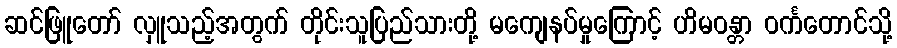
ဆင်ဖြူတော် လှူသည့်အတွက် တိုင်းသူပြည်သားတို့ မကျေနပ်မှုကြောင့် ဟိမဝန္တာ ဝင်္ကတောင်သို့